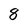
Character: 8